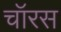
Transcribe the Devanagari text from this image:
चॉरस